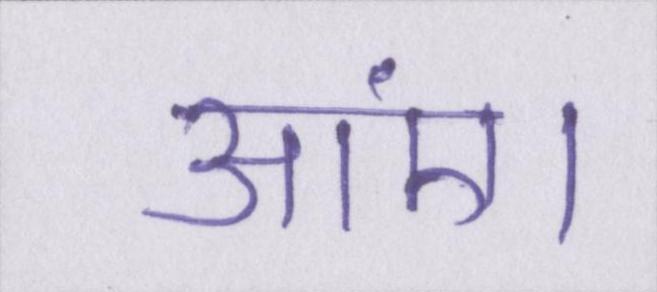
आएं।